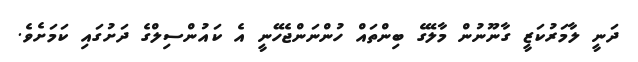
ދަނީ ލާމަރުކަޒީ ގާނޫނުން މާލޭގެ ބިންތައް ހުންނަންޖެހޭނީ އެ ކައުންސިލްގެ ދަށުގައި ކަމަށެވެ.